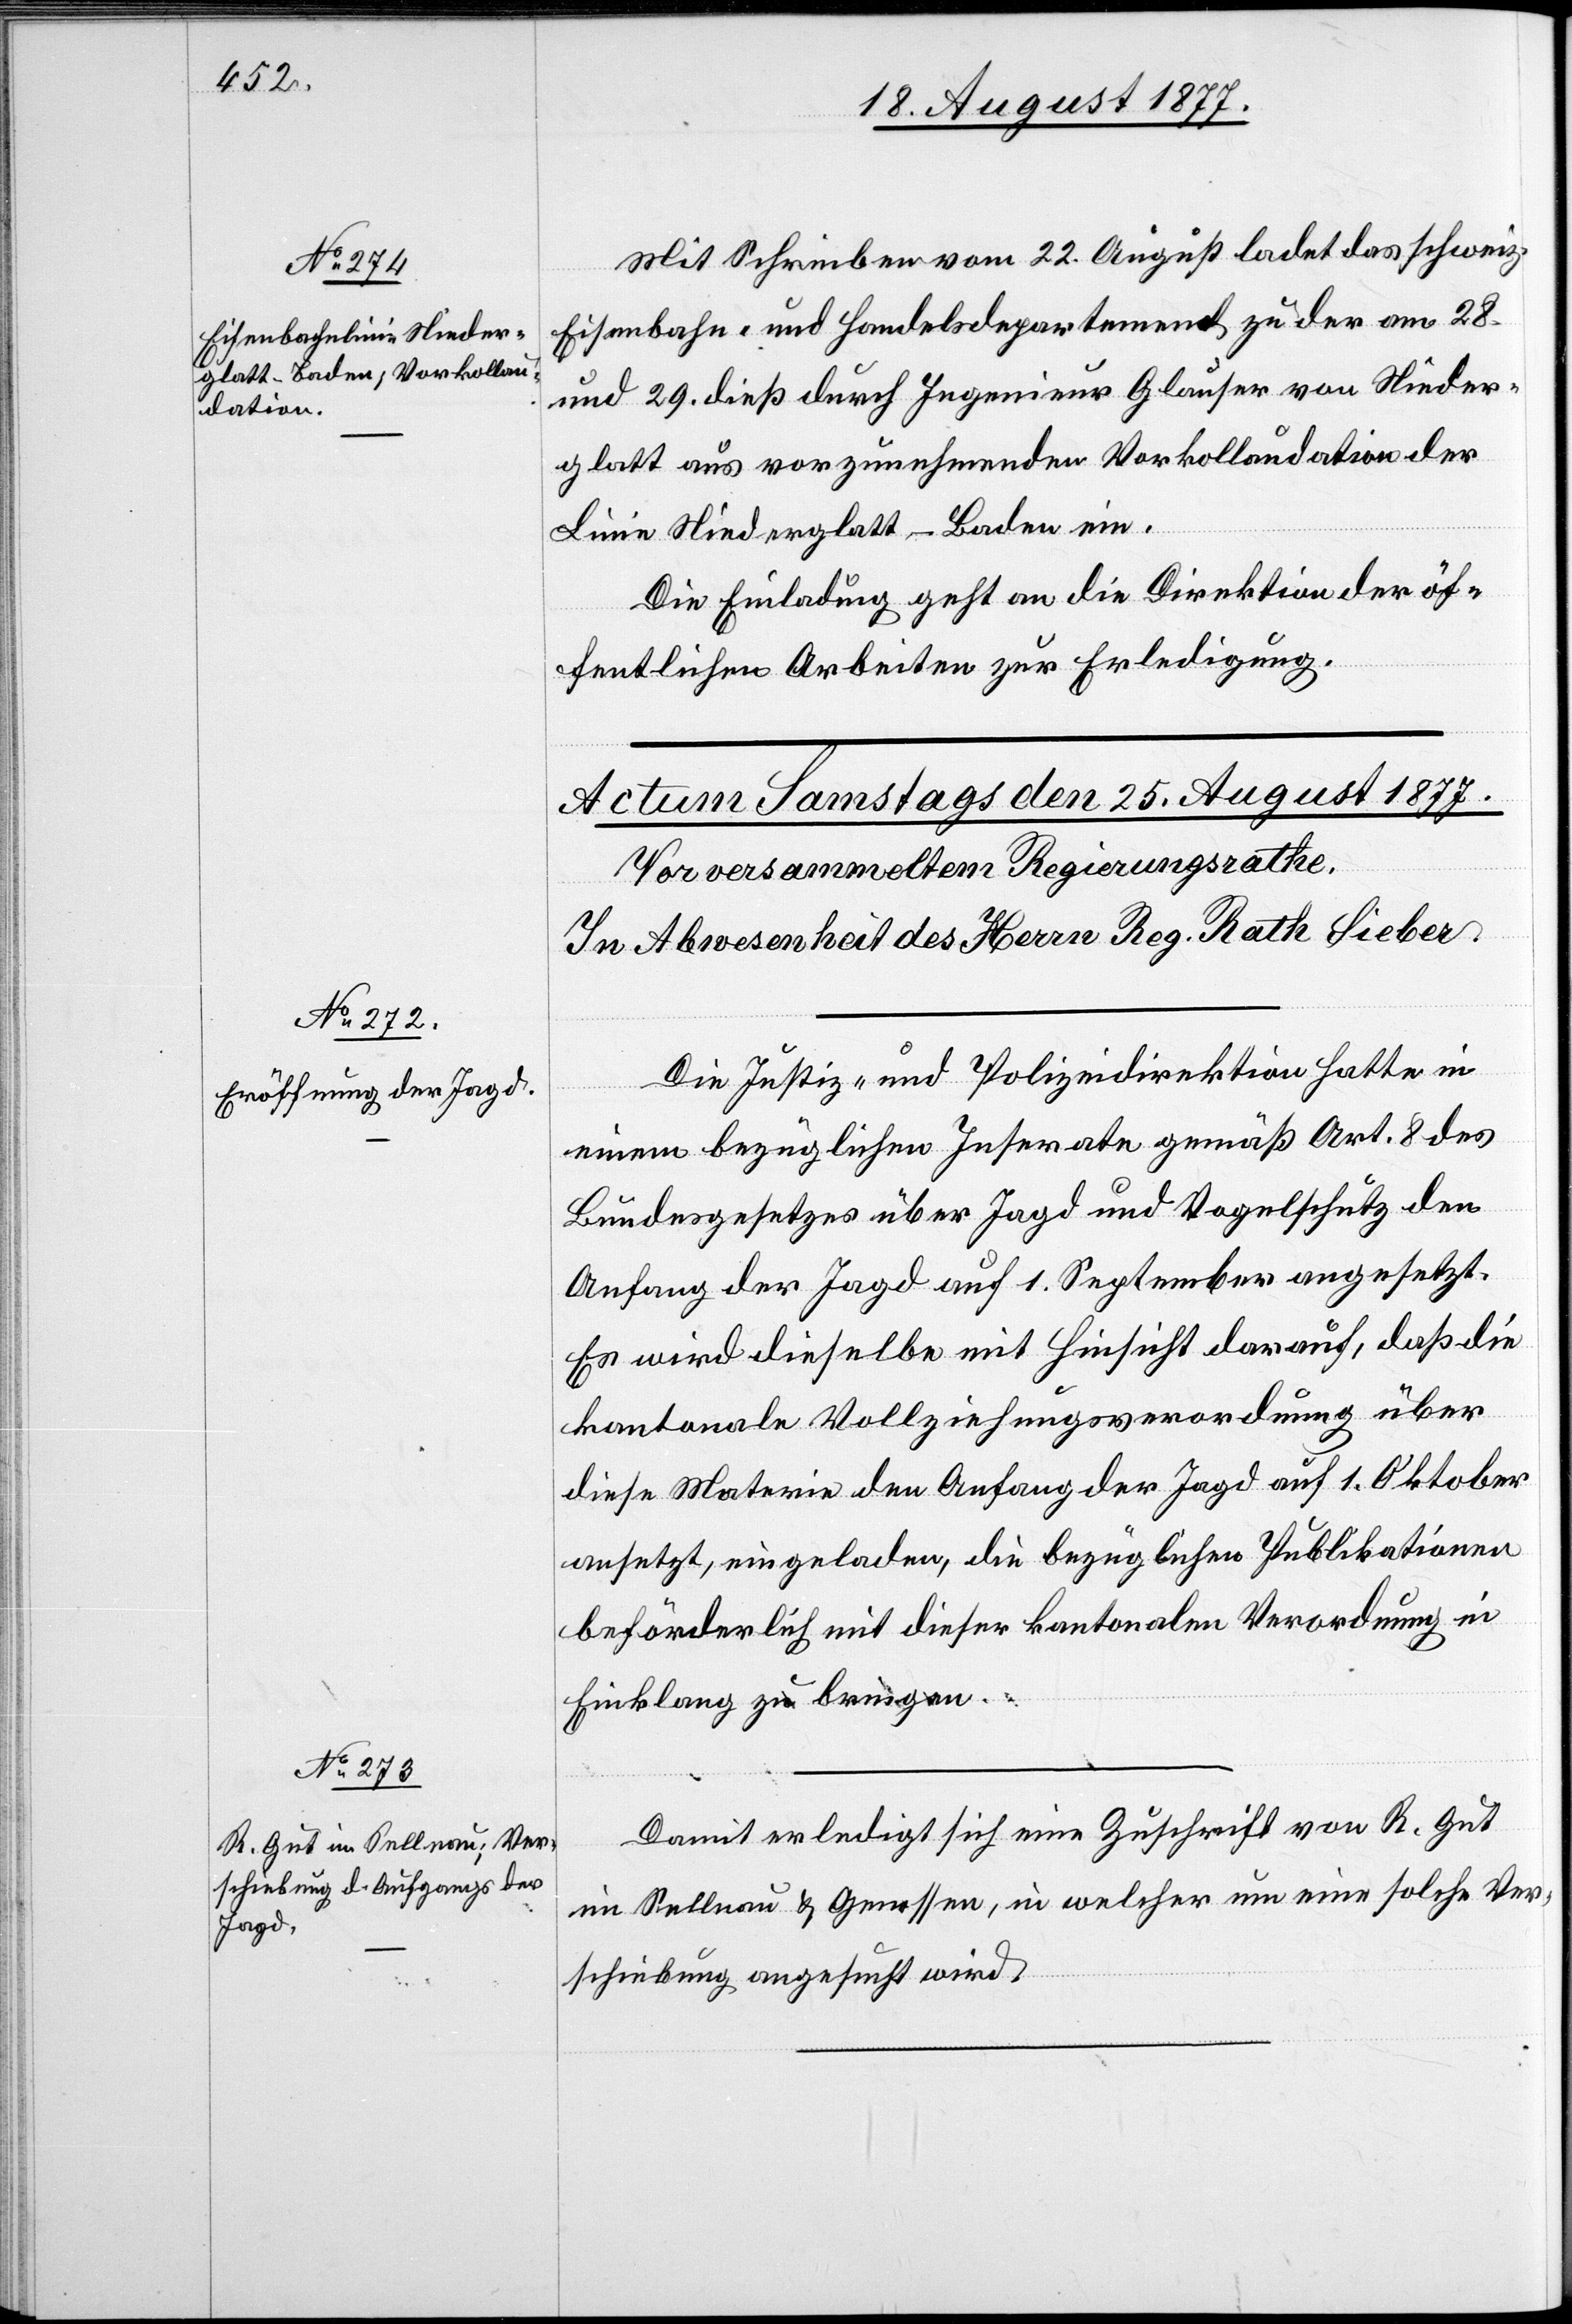
23. August 1877.]
Mit Schreiben vom 22. August ladet das schweiz.
Eisenbahn- und Handelsdepartement zu der am 28.
und 29. dieß durch Ingenieur Glauser von Nieder¬
glatt aus vorzunehmenden Vorkollaudation der
Linie Niederglatt–Baden ein.
Die Einladung geht an die Direktion der öf¬
fentlichen Arbeiten zur Erledigung.
Die Justiz- und Polizeidirektion hatte in
einem bezüglichen Inserate gemäß Art. 8 des
Bundesgesetzes über Jagd und Vogelschutz den
Anfang der Jagd auf 1. September angesetzt.
Es wird dieselbe mit Hinsicht darauf, daß die
kantonale Vollziehungsverordnung über
diese Materie den Anfang der Jagd auf 1. Oktober
ansetzt, eingeladen, die bezüglichen Publikationen
beförderlich mit dieser kantonalen Verordnung in
Einklang zu bringen.
Damit erledigt sich eine Zuschrift von R. Gut
im Sellnau & Genossen, in welcher um eine solche Ver¬
schiebung angesucht wird.